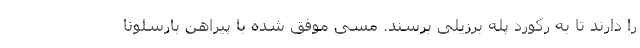
را دارند تا به رکورد پله برزیلی برسند. مسی موفق شده با پیراهن بارسلونا